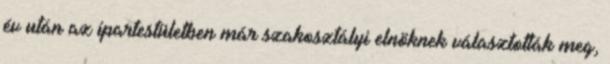
év után az ipartestületben már szakosztályi elnöknek választották meg,